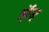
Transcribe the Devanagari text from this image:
झॅङ्